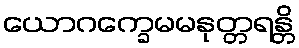
ယောဂက္ခေမမနုတ္တရန္တိ